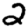
Digit: 2